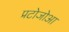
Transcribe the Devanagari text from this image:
प्रटोजोआ